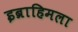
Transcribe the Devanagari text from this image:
इब्राहिमला